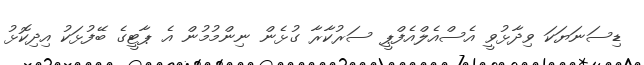
ޑިސަނަޔަކަ ވިދާޅުވީ އެސްއެލްއެފްޕީ ސަރުކާރާ ގުޅެން ނިންމުމުން އެ ޕާޓީގެ ބޭފުޅަކު އިދިކޮޅު